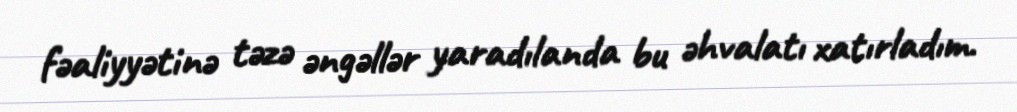
fəaliyyətinə təzə əngəllər yaradılanda bu əhvalatı xatırladım.